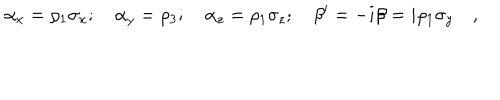
LaTeX: \alpha _ { x } = \rho _ { 1 } \sigma _ { x } ; \quad \alpha _ { y } = \rho _ { 3 } ; \quad \alpha _ { z } = \rho _ { 1 } \sigma _ { z } ; \quad \beta ^ { \prime } = - i \beta = i \rho _ { 1 } \sigma _ { y } \quad ,